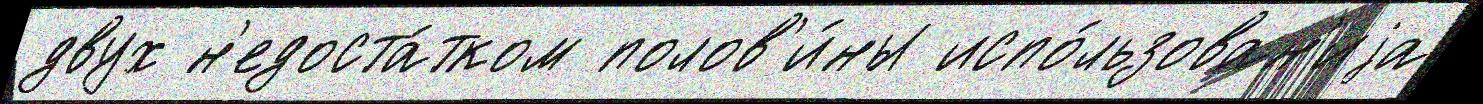
двух н'едоста́тком полов'и́ны испо́льзован'иjа